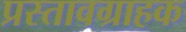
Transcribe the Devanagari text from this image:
प्रस्तावग्राहक